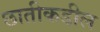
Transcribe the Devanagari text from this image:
छातीकडील